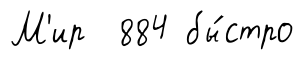
М'ир 884 бы́стро